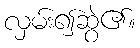
လှမ်း၍ဆွဲ၏။